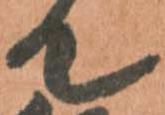
て